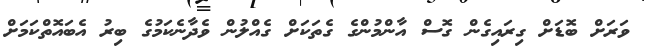
ވަރަށް ބޮޑަށް ގިރައިގެން ގޮސް އާންމުންގެ ގެތަކަށް ގެއްލުން ވެދާނެކަމުގެ ބިރު އެބައޮތްކަމަށް